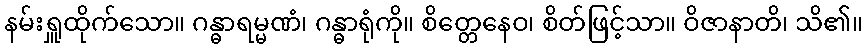
နမ်းရှူထိုက်သော။ ဂန္ဓာရမ္မဏံ၊ ဂန္ဓာရုံကို။ စိတ္တေနေဝ၊ စိတ်ဖြင့်သာ။ ဝိဇာနာတိ၊ သိ၏။